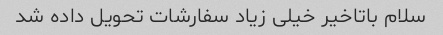
سلام باتاخیر خیلی زیاد سفارشات تحویل داده شد